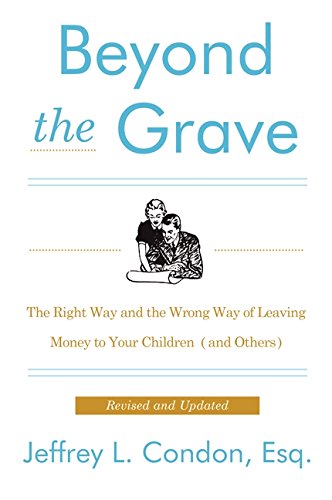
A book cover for Beyond the Grave, Revised and Updated Edition: The Right Way and the Wrong Way of Leaving Money to Your Children (and Others); Jeffery L. Condon; Business & Money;